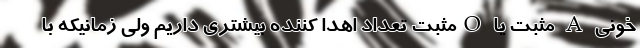
خونی A مثبت یا Oمثبت تعداد اهدا کننده بیشتری داریم ولی زمانیکه با